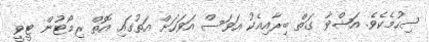
ސިހުމެކެވެ. އަޝްވާ ގަތް ބިރާއިއެކު އަވަސް އަވަހަށް އަތުގައި އޮތް ރިމޯޓުން ޓީވީ